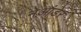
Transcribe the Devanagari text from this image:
नेआंडेर